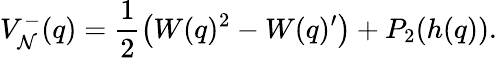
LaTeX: V_{\cal N}^{-}(q)=\frac 12\left(W(q)^{2}-W(q)^{\prime}\right)+P_{2}(h(q)).